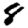
Digit: 8